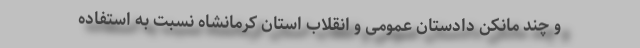
و چند مانکن دادستان عمومی و انقلاب استان کرمانشاه نسبت به استفاده